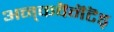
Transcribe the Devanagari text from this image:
अन्‌कवॆनॆंटॆड्